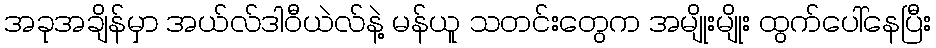
အခုအချိန်မှာ အယ်လ်ဒါဝီယဲလ်နဲ့ မန်ယူူ သတင်းတွေက အမျိုးမျိုး ထွက်ပေါ်နေပြီး